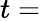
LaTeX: t=